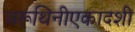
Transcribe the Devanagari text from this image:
वरूथिनीएकादशी